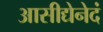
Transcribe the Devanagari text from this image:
आसीद्येनेदं